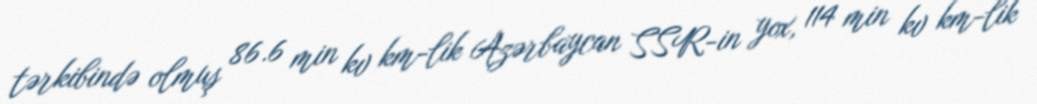
tərkibində olmuş 86.6 min kv km-lik Azərbaycan SSR-in yox, 114 min kv km-lik